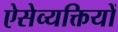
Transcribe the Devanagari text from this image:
ऐसेव्यक्तियों